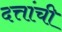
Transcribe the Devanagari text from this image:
दत्तांची